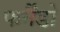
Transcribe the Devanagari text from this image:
फर्नैंडो